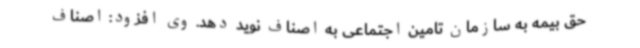
حق بیمه به سازمان تامین اجتماعی به اصناف نوید دهد. وی افزود: اصناف